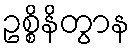
ဥစ္စိနိတွာန